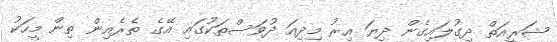
ޝަރީއަތް ދިގުލައިގެން ދިޔަ އިރު މިދިއަ ދުވަސްތަކުގައި އޭގެ ތެރެއިން ތިން މީހަކު